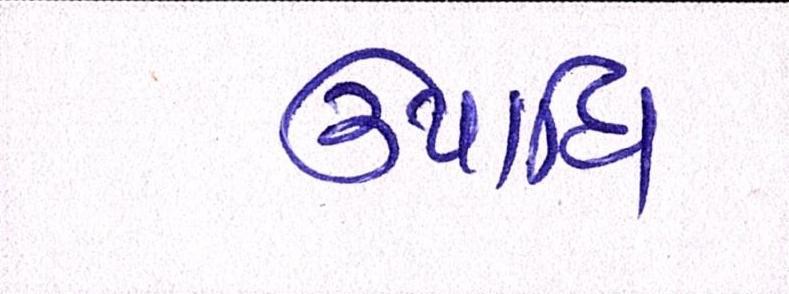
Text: ઉપાધિ